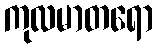
ကုလမာတရော